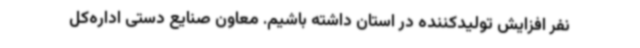
نفر افزایش تولیدکننده در استان داشته باشیم. معاون صنایع دستی اداره‌کل